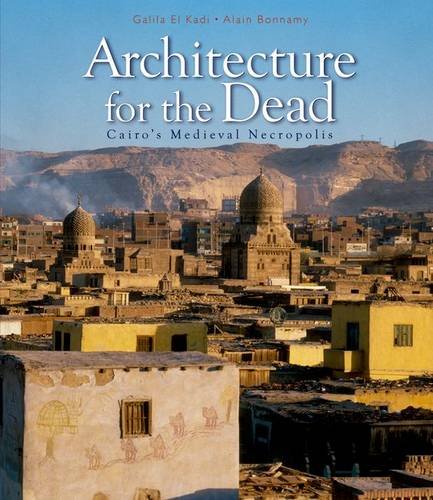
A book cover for Architecture for the Dead: Cairos Medieval Necropolis; Galila El Kadi; Religion & Spirituality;